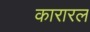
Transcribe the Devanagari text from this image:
कारारल